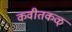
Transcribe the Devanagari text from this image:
कवीतकळ्